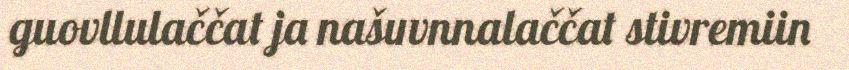
guovllulaččat ja našuvnnalaččat stivremiin